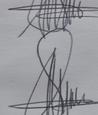
Signature authenticity: genuine